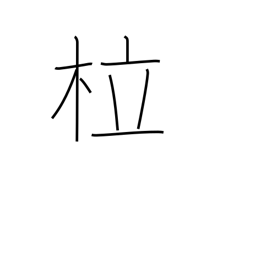
Meaning: bent tree